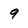
Character: 9